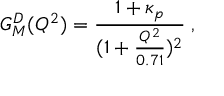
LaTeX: G _ { M } ^ { D } ( Q ^ { 2 } ) = \frac { 1 + \kappa _ { p } } { ( 1 + \frac { Q ^ { 2 } } { 0 . 7 1 } ) ^ { 2 } } \; ,